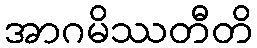
အာဂမိဿတီတိ